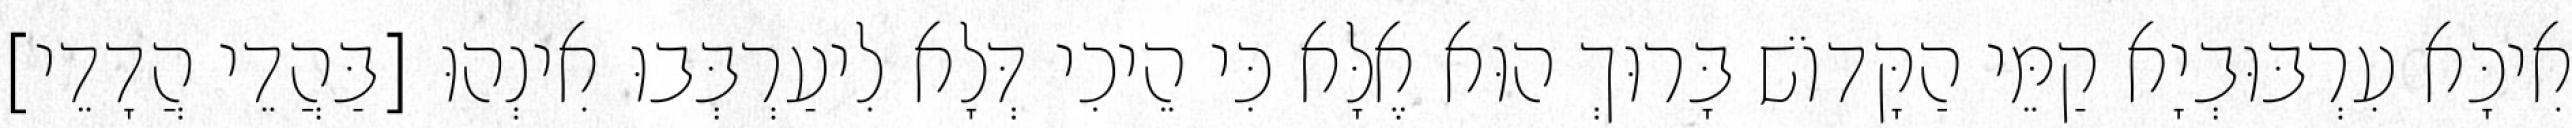
אִיכָּא עִרְבּוּבְיָא קַמֵּי הַקָּדוֹשׁ בָּרוּךְ הוּא אֶלָּא כִּי הֵיכִי דְּלָא לִיעַרְבְּבוּ אִינְהוּ [בַּהֲדֵי הֲדָדֵי]